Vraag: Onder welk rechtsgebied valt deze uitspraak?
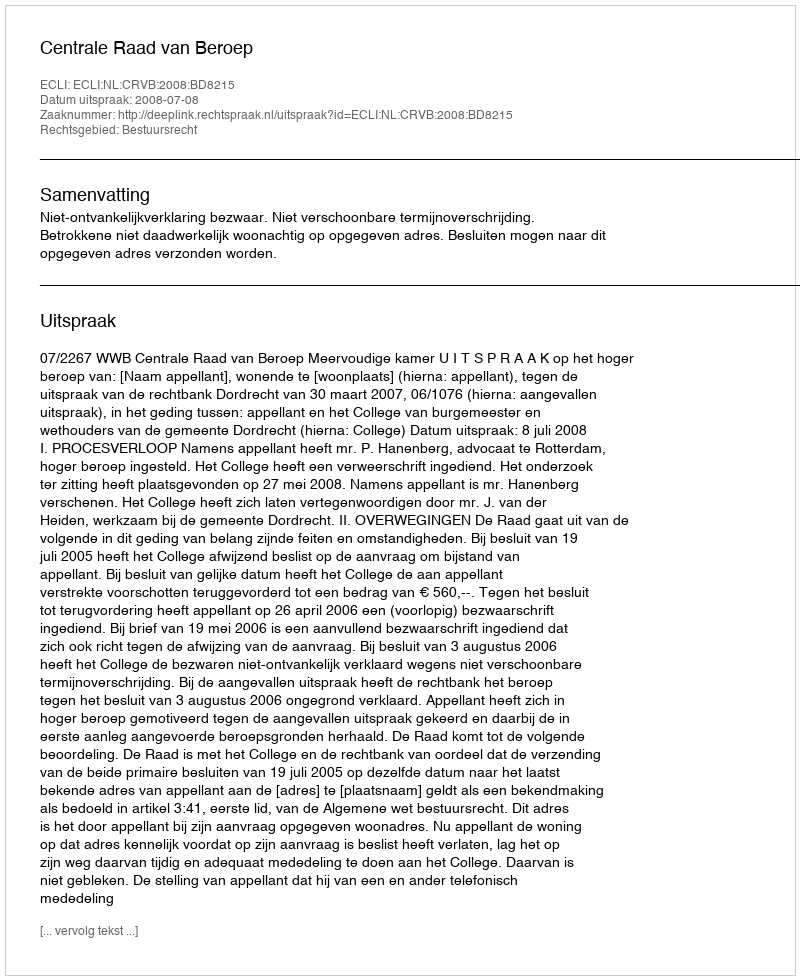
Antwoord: Bestuursrecht